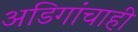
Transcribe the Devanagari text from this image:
अडिगांचाही